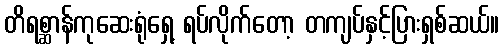
တိရစ္ဆာန်ကုဆေးရုံရှေ့ ရပ်လိုက်တော့ တကျပ်နှင့်ပြားရှစ်ဆယ်။